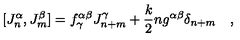
[ J _ { n } ^ { \alpha } , J _ { m } ^ { \beta } ] = f _ { \gamma } ^ { \alpha \beta } J _ { n + m } ^ { \gamma } + \frac { k } { 2 } n g ^ { \alpha \beta } \delta _ { n + m } \quad ,